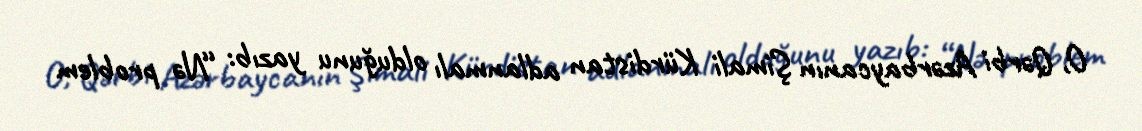
O, Qərbi Azərbaycanın Şimali Kürdistan adlanmalı olduğunu yazıb: “Nə problem